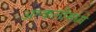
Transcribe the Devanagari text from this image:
अल्कलीमध्ये